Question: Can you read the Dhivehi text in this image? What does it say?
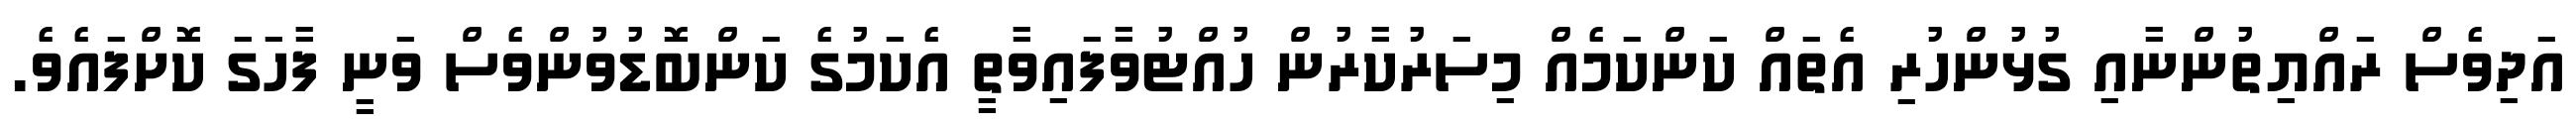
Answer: އަދިވެސް ރައްޔިތުންނާއި ގުޅުންހުރި އެތައް ކަންކަމެއް މިސަރުކާރުން ހުއްޓުވާފައިވާތީ އެކަމުގެ ކަންބޮޑުވުންވެސް ވަނީ ފާހަގަ ކޮށްފައެވެ.